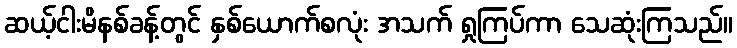
ဆယ့်ငါးမိနစ်ခန့်တွင် နှစ်ယောက်စလုံး အသက် ရှုကြပ်ကာ သေဆုံးကြသည်။